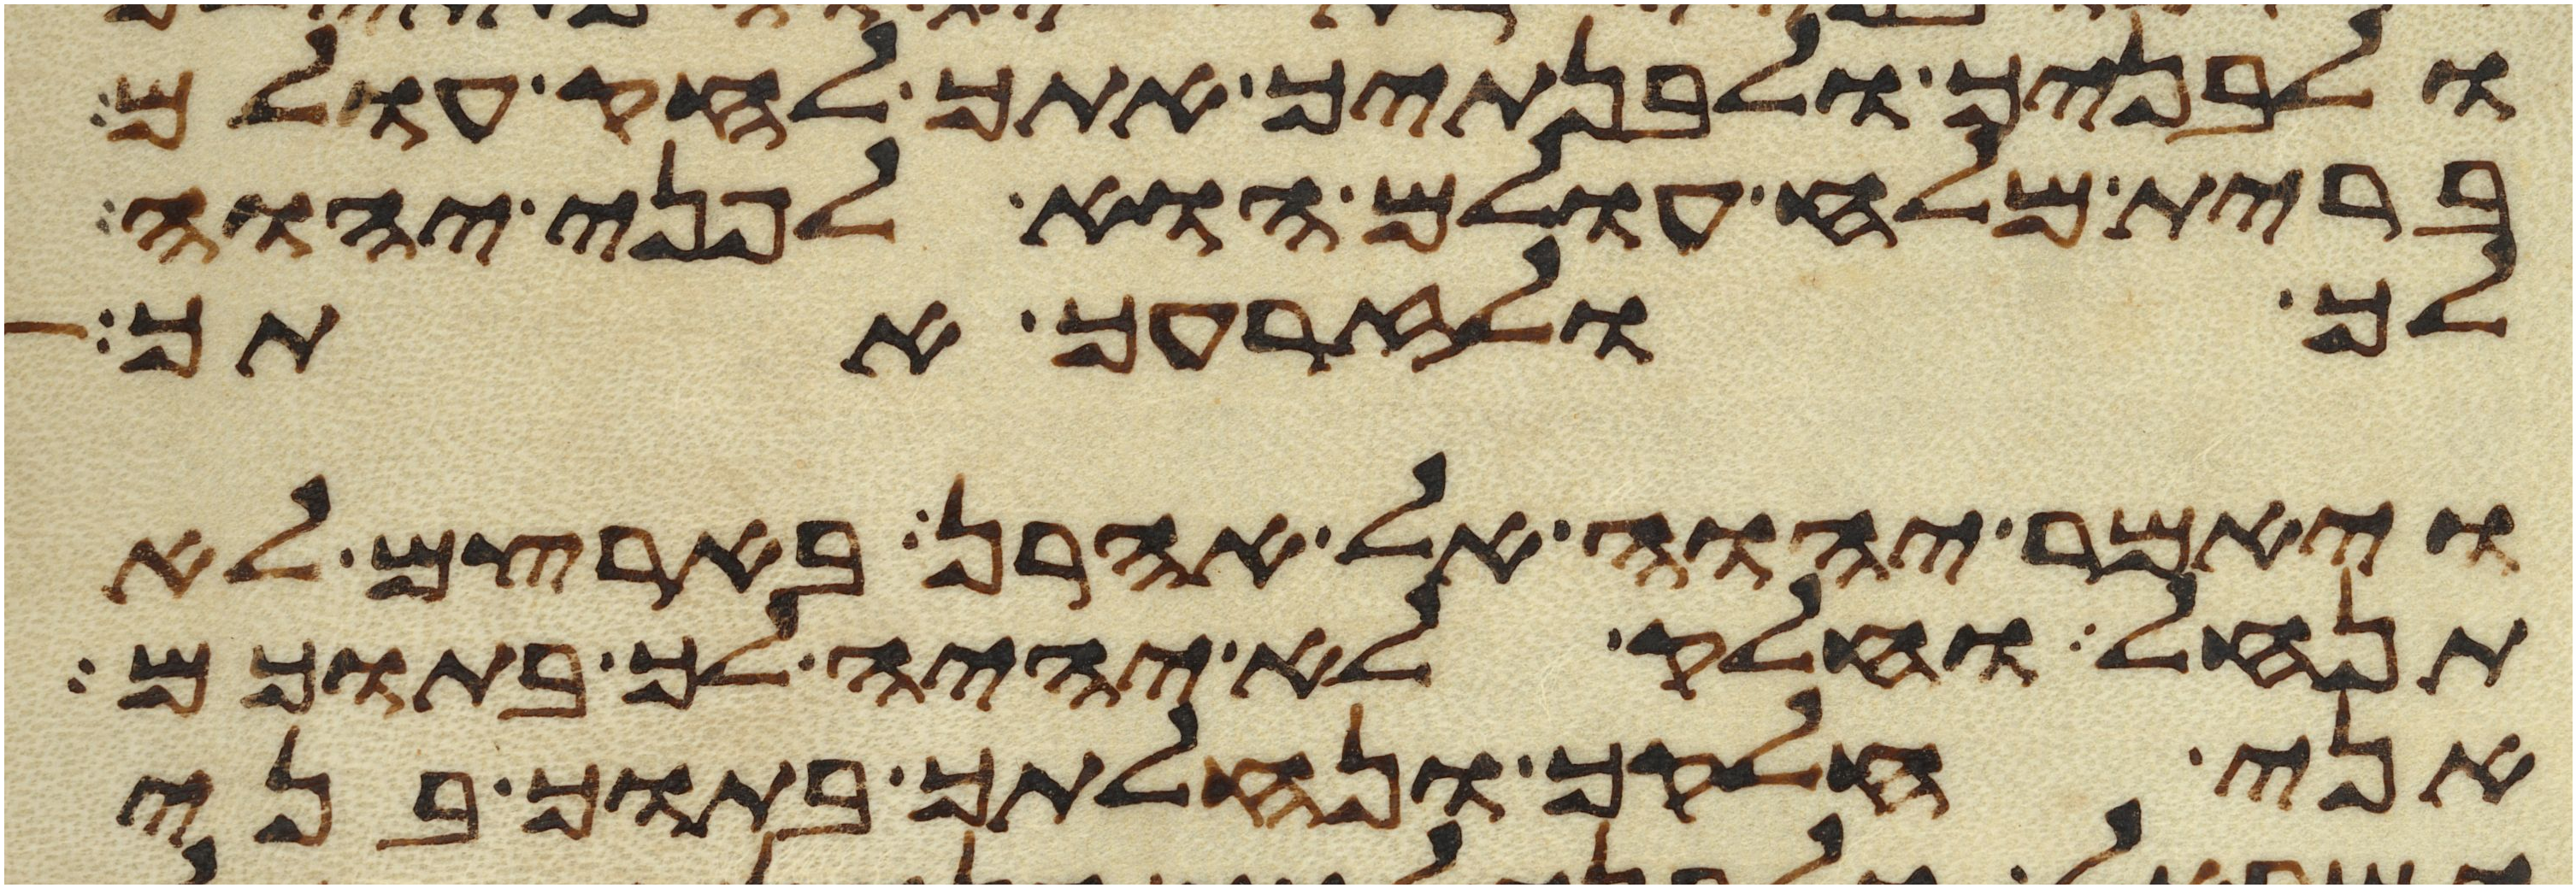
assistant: ולבניך ולבנתיך אתך לחק עולם
ברית מלח עולם הוא לפני יהוה
לך ולזרעך אתך
ויאמר יהוה אל אהרן בארצם לא
תנחל וחלק לא יהיה לך בתוכם
אני חלקך ונחלתך בתוך בני